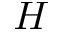
H